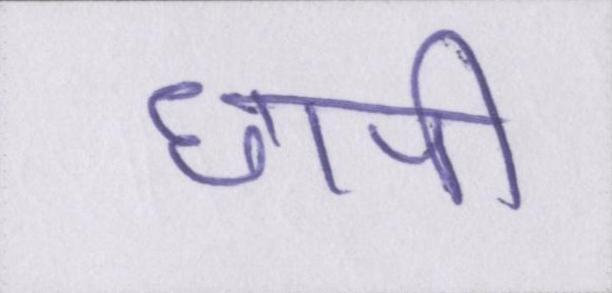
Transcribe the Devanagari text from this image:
छापी